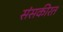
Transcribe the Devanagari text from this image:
संसकीरत